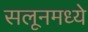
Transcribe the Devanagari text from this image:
सलूनमध्ये